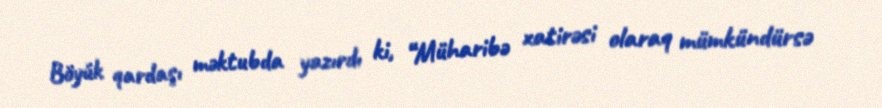
Böyük qardaşı məktubda yazırdı ki, “Müharibə xatirəsi olaraq mümkündürsə